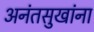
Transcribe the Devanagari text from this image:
अनंतसुखांना